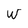
Character: W